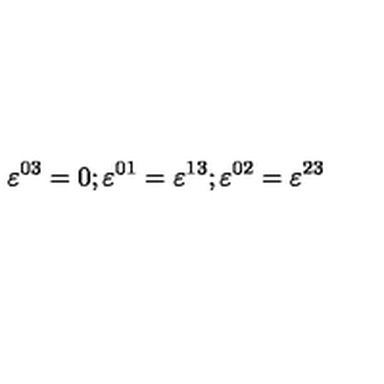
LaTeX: \varepsilon ^ { 0 3 } = 0 ; \varepsilon ^ { 0 1 } = \varepsilon ^ { 1 3 } ; \varepsilon ^ { 0 2 } = \varepsilon ^ { 2 3 }